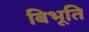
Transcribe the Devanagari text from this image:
बिभूति